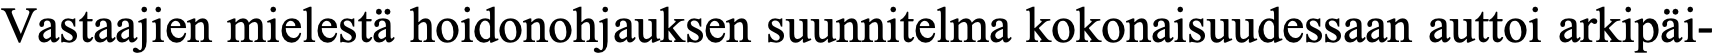
Vastaajien mielestä hoidonohjauksen suunnitelma kokonaisuudessaan auttoi arkipäi-